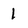
Character: 1